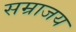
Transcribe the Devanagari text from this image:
सम्राजय